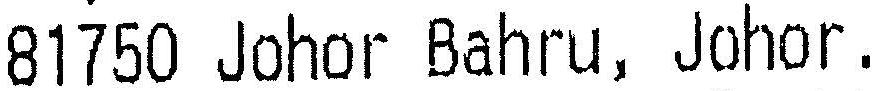
81750 JOHOR BAHRU, JOHOR.